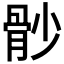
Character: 𩨡